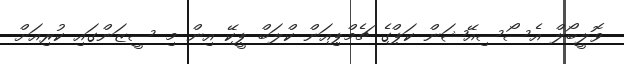
ވޮލީބޯލް އެސޯސިއޭޝަން ކަޕްގެ ޗެމްޕިއަން ކްލަބް ޕީކޭ އިން މި ސީޒަންގައި ކުރިއަށް